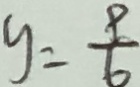
y = \frac { 9 } { 6 }